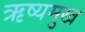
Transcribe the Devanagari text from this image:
ऋष्यमुख